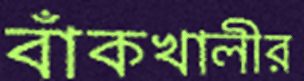
বাঁকখালীর